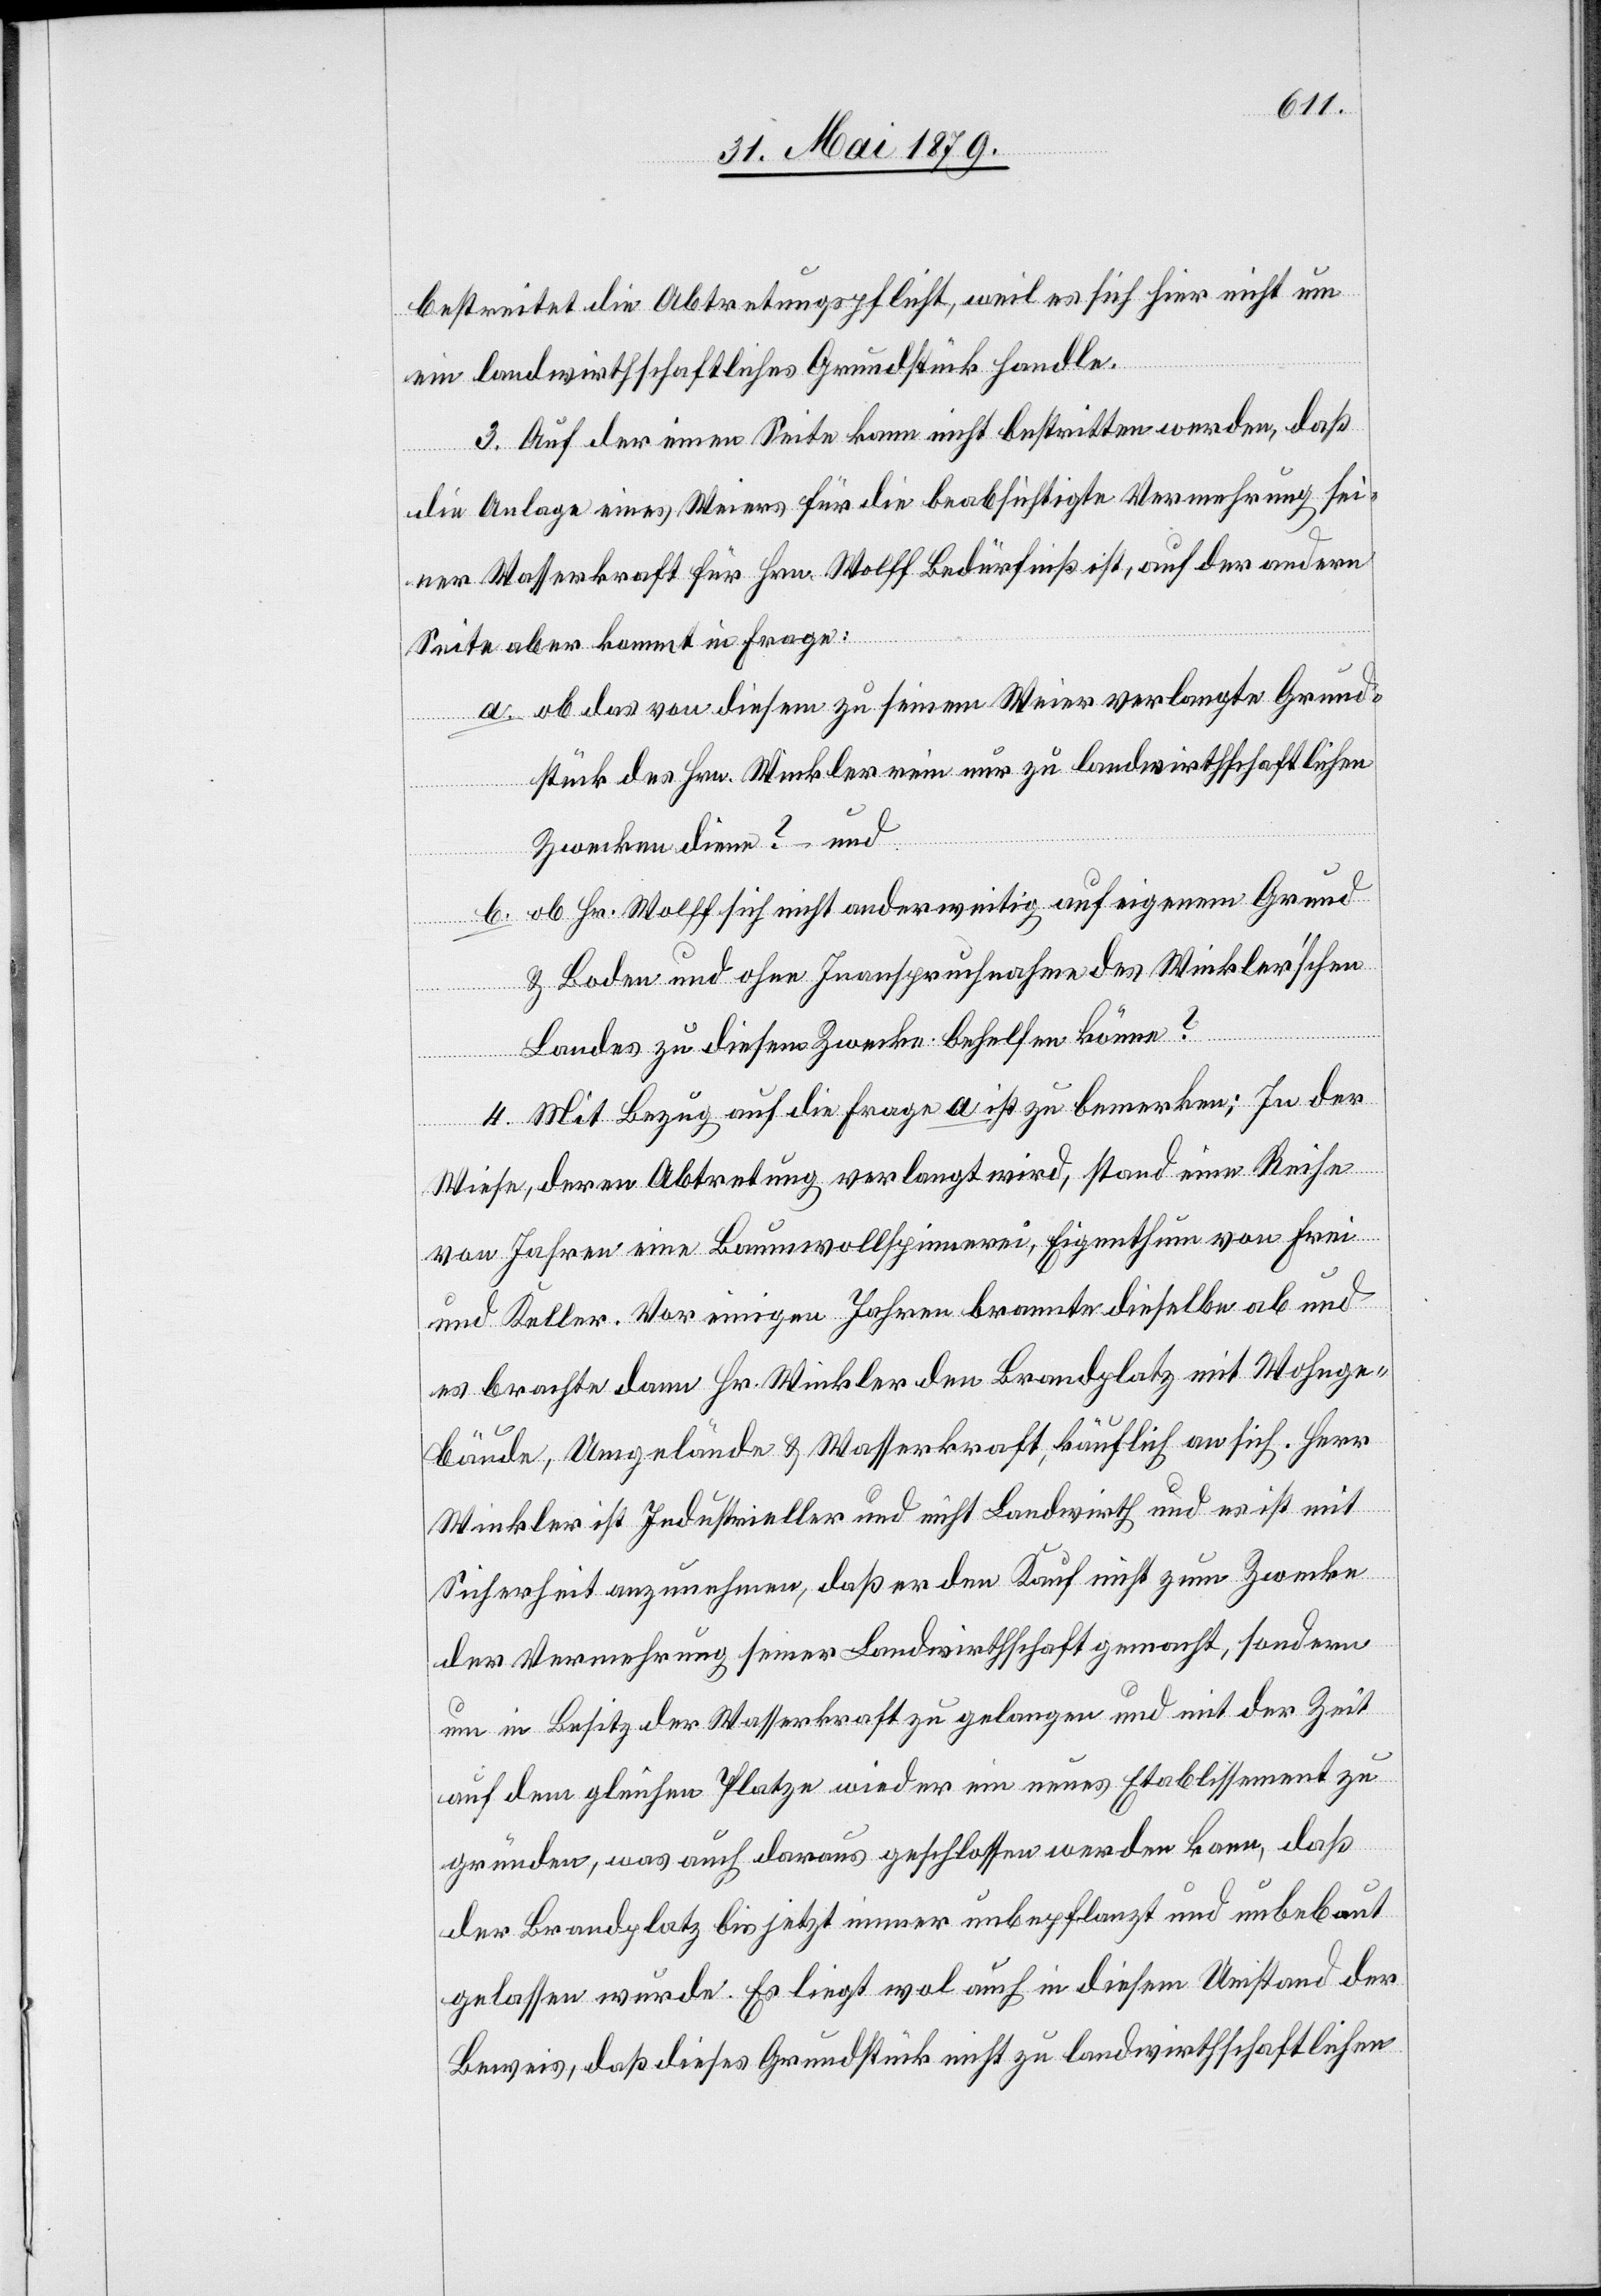
bestreitet die Abtretungspflicht, weil es sich hier nicht um
ein landwirthschaftliches Grundstück handle.
3. Auf der einen Seite kann nicht bestritten werden, daß
die Anlage eines Weiers für die beabsichtigte Vermehrung sei¬
ner Wasserkraft für Hrn. Wolff Bedürfniß ist, auf der andern
Seite aber kommt in Frage:
a. ob das von diesem zu seinem Weier verlangte Grund¬
stück des Hrn. Winkler rein nur zu landwirthschaftlichen
Zwecken diene? – und
ob Hr. Wolff sich nicht anderweitig auf eigenem Grund
b.
& Boden und ohne Inanspruchnahme des Winkler’schen
Landes zu diesem Zwecke behelfen könne?
4. Mit Bezug auf die Frage a ist zu bemerken: In der
Wiese, deren Abtretung verlangt wird, stand eine Reihe
von Jahren eine Baumwollspinnerei, Eigenthum von Frei
und Keller. Vor einigen Jahren brannte dieselbe ab und
es brachte dann Hr. Winkler den Brandplatz mit Wohnge¬
bäude, Umgelände & Wasserkraft, käuflich an sich. Herr
Winkler ist Industrieller und nicht Landwirth und es ist mit
Sicherheit anzunehmen, daß er den Kauf nicht zum Zwecke
der Vermehrung seiner Landwirthschaft gemacht, sondern
um in Besitz der Wasserkraft zu gelangen und mit der Zeit
auf dem gleichen Platze wieder ein neues Etablissement zu
gründen, was auch daraus geschlossen werden kann, daß
der Brandplatz bis jetzt immer unbepflanzt und unbebaut
gelassen wurde. Es liegt wol auch in diesem Umstand der
Beweis, daß dieses Grundstück nicht zu landwirthschaftlichen